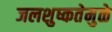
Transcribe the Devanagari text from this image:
जलशुष्कतेमुळे